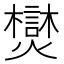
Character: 𪺂